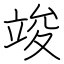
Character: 竣